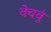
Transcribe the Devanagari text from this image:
वेचवुं